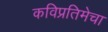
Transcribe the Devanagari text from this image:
कविप्रतिमेचा